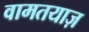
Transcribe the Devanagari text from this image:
वामतयाज़